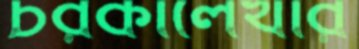
চরকালেখার